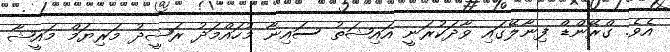
އެވެ. ގްރޭންޑް ފިނާލޭގައި ވާދަކުރަނީ އައިޝަތު ސައިނާ މުހައްމަދު ރަޝީދު މަރިޔަމް މައީޝާ